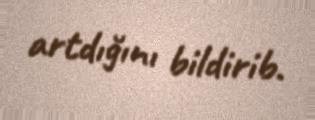
artdığını bildirib.